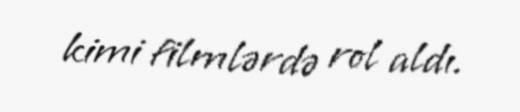
kimi filmlərdə rol aldı.